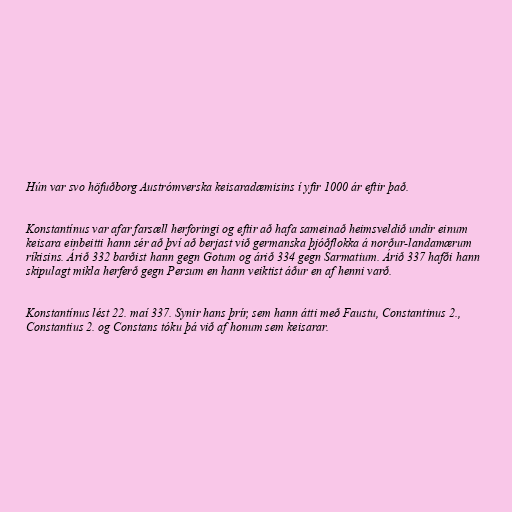
Hún var svo höfuðborg Austrómverska keisaradæmisins í yfir 1000 ár eftir það.

Konstantínus var afar farsæll herforingi og eftir að hafa sameinað heimsveldið undir einum
keisara einbeitti hann sér að því að berjast við germanska þjóðflokka á norður-landamærum
ríkisins. Árið 332 barðist hann gegn Gotum og árið 334 gegn Sarmatium. Árið 337 hafði hann
skipulagt mikla herferð gegn Persum en hann veiktist áður en af henni varð.

Konstantínus lést 22. maí 337. Synir hans þrír, sem hann átti með Faustu, Constantinus 2.,
Constantius 2. og Constans tóku þá við af honum sem keisarar.